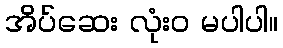
အိပ်ဆေး လုံးဝ မပါပါ။